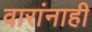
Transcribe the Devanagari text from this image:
वारांनाही